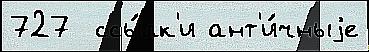
727  ссы́лк'и ант'и́чныjе